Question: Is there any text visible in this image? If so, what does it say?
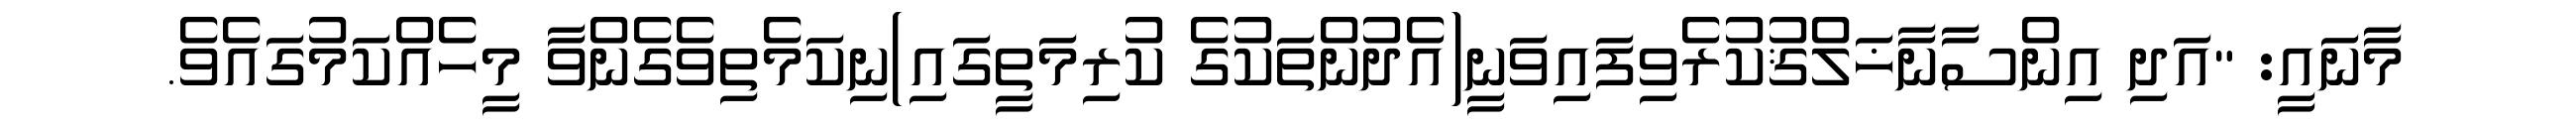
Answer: މާނައީ: "އަދި އިންސާނާޚަލްޤުކުރެވިފައިވަނީ(އެދުންތަކުގެ ކުރިމަތީގައި)ނިކަމެތިވެގެންވާ މީހެއްކަމުގައެވެ.